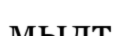
мылт